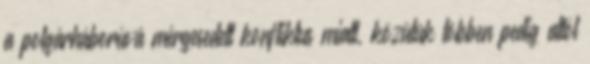
a polgárháborúvá mérgesedett konfliktus miatt, közülük többen pedig attól